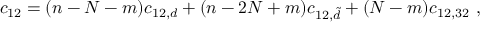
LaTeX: c _ { 1 2 } = ( n - N - m ) c _ { 1 2 , d } + ( n - 2 N + m ) c _ { 1 2 , \tilde { d } } + ( N - m ) c _ { 1 2 , 3 2 } \ ,